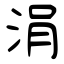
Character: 涓